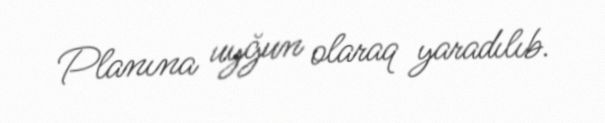
Planına uyğun olaraq yaradılıb.